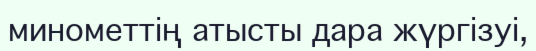
минометтің атысты дара жүргізуі,